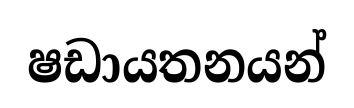
ෂඩායතනයන්